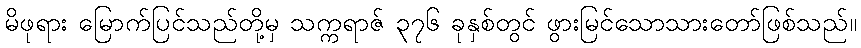
မိဖုရား မြောက်ပြင်သည်တို့မှ သက္ကရာဇ် ၃၇၆ ခုနှစ်တွင် ဖွားမြင်သောသားတော်ဖြစ်သည်။